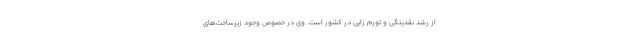
از رشد نقدینگی و تورم زایی در کشور است. وی در خصوص وجود زیرساخت‌های